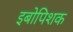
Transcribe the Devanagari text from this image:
इबोपिशक